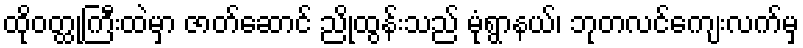
ထိုဝတ္ထုကြီးထဲမှာ ဇာတ်ဆောင် ညိုထွန်းသည် မုံရွာနယ်၊ ဘုတလင်ကျေးလက်မှ